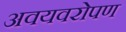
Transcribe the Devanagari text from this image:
अवयवरोपण